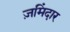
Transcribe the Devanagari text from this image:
ज़मिंदार